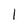
Character: l